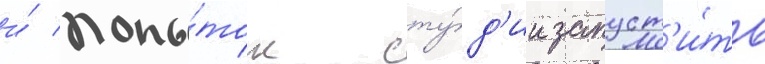
и́ попы́ток сту́д'ии запуст'и́ть